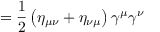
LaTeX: = { \frac { 1 } { 2 } } \left( \eta _ { \mu \nu } + \eta _ { \nu \mu } \right) \gamma ^ { \mu } \gamma ^ { \nu }